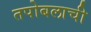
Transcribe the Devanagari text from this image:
तपोबलाची